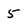
Character: 5